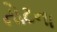
નોટના